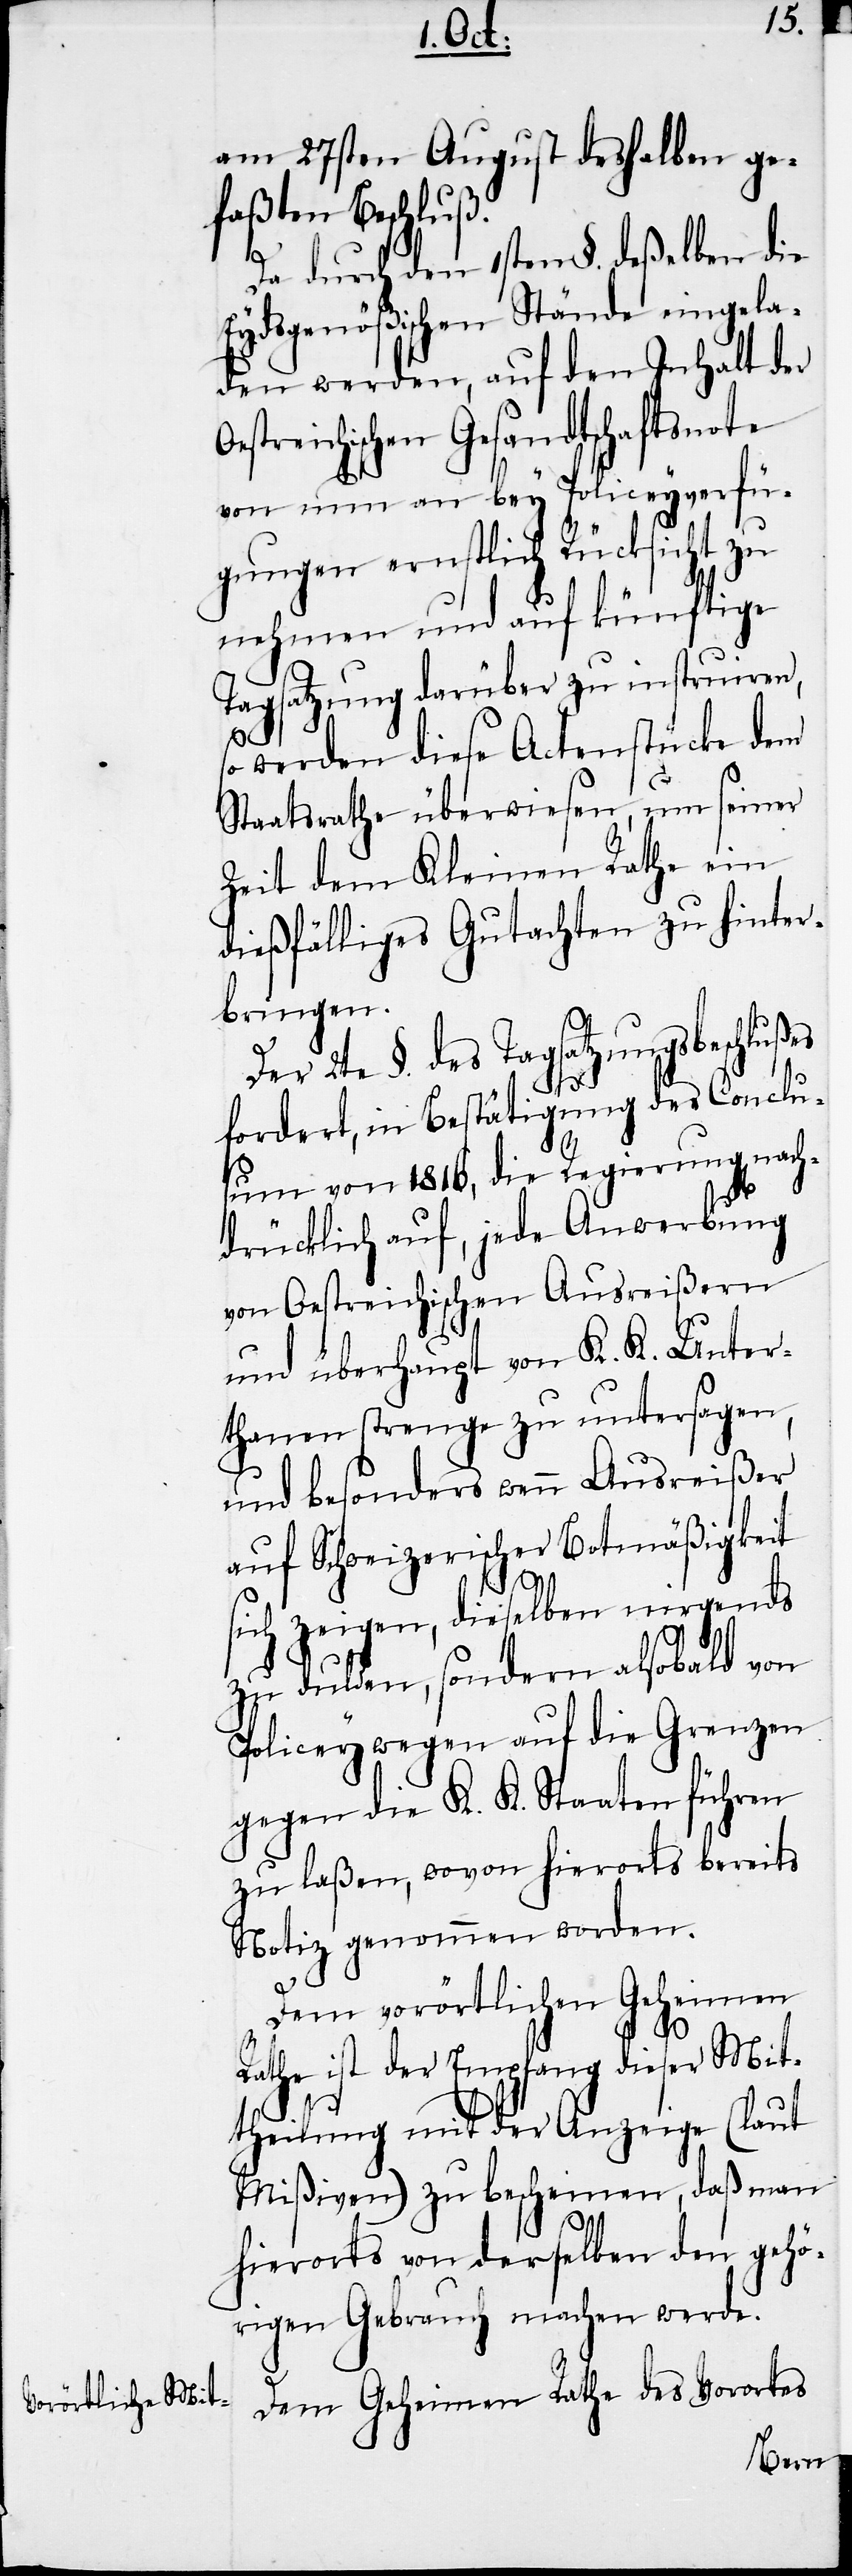
am 27sten August deshalben ge¬
faßten Beschl¬
Da durch den 1sten §. deßelben die
Eydsgenößischen Stände eingela¬
den werden, auf den Inhalt der
Oestreichischen Gesandtschaftsnote
von nun an bey Policeyverfü¬
gungen ernstlich Rücksicht zu
nehmen und auf künftige
Tagsatzung darüber zu instruiren,
so
werden diese Actenstücke dem
Staatsrathe überwiesen, um seiner
Zeit dem Kleinen Rathe ein
dießfälliges Gutachten zu hinter¬
bringen.
Der 2te §. des Tagsatzungsbeschlußes
fordert, in Bestätigung des Conclus¬
um von 1816, die Regierung nach¬
drücklich auf, jede Anwerbung
von Oestreichischen Ausreißern
und überhaupt von K. K. Unter¬
thanen strenge zu untersagen,
und besonders wenn Ausreißer
auf Schweizerischer Botmäßigkeit
sich zeigen, dieselben nirgends
zu dulden, sondern alsobald von
Policeywegen auf die Grenzen
gegen die K. K. Staaten führen
zu laßen, wovon hierorts bereits
Notiz genommen worden.
Dem vorörtlichen Geheimen
Rathe ist der Empfang dieser Mit¬
theilung mit der Anzeige (laut
Mißiven) zu bescheinen, daß man
hierorts von derselben den gehö¬
rigen Gebrauch machen werde.
Dem Geheimen Rathe des Vorortes